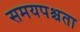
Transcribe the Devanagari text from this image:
समयपश्चता